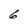
Character: 6